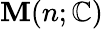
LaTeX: \mathbf{M}(n;\mathbb{{C}})